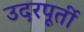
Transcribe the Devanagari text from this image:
उदरपूर्ती